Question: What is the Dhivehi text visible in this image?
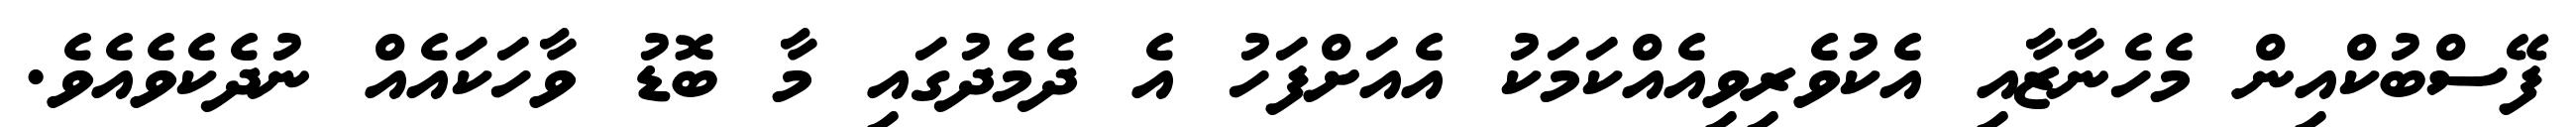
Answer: ފޭސްބުކްއިން މެހެނާޒާއި އެކުވެރިވިއެއްކަމަކު އެއަށްފަހު އެ ދެމެދުގައި މާ ބޮޑު ވާހަކައެއް ނުދެކެވެއެވެ.